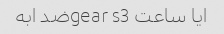
ایا ساعت gear s3ضد ابه